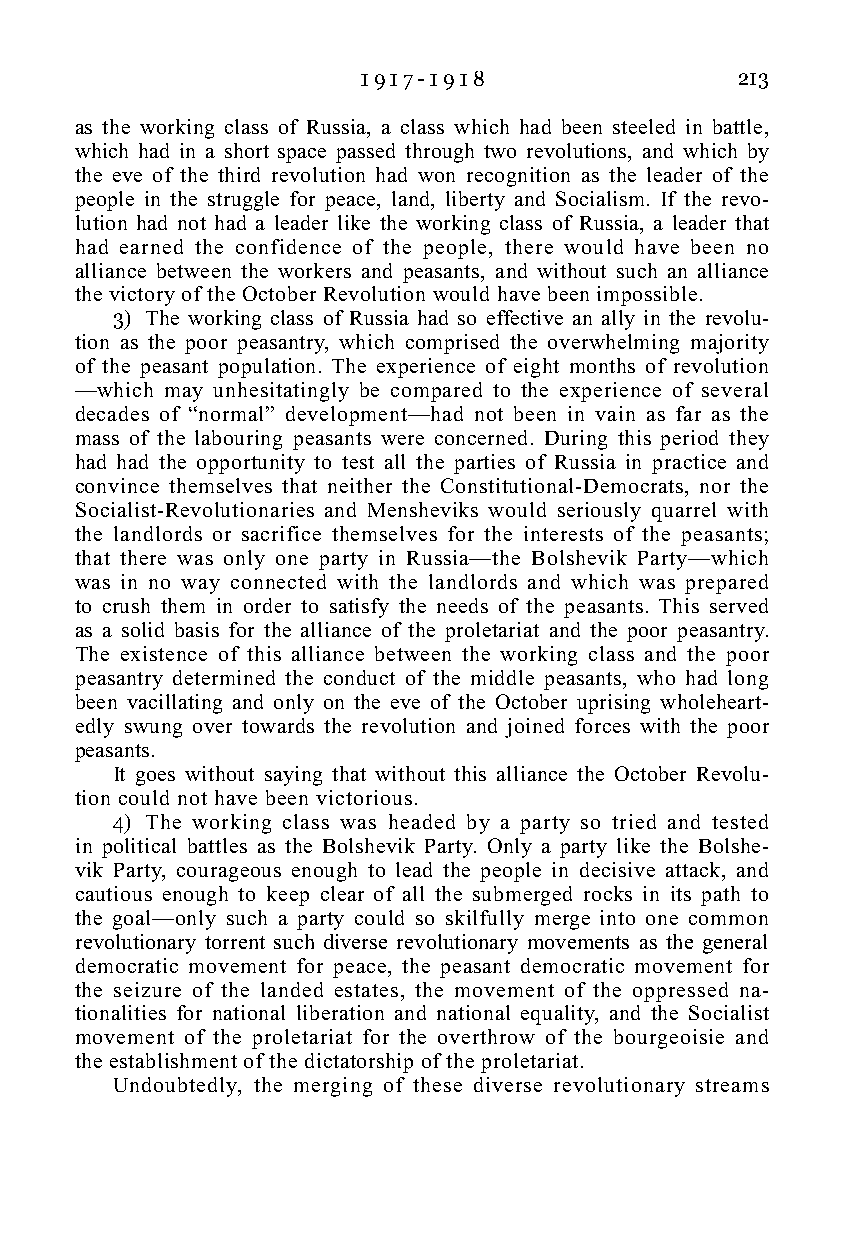
1 9 1 7 - 1 9 1 8        213
 as the working class of Russia, a class which had been steeled in battle,
 which had in a short space passed through two revolutions, and which by
 the eve of the third revolution had won recognition as the leader of the
 people in the struggle for peace, land, liberty and Socialism. If the revo-
 lution had not had a leader like the working class of Russia, a leader that
 had earned the confidence of the people, there would have been no
 alliance between the workers and peasants, and without such an alliance
 the victory of the October Revolution would have been impossible.
 3) The working class of Russia had so effective an ally in the revolu-
 tion as the poor peasantry, which comprised the overwhelming majority
 of the peasant population. The experience of eight months of revolution
 —which may unhesitatingly be compared to the experience of several
 decades of “normal” development—had not been in vain as far as the
 mass of the labouring peasants were concerned. During this period they
 had had the opportunity to test all the parties of Russia in practice and
 convince themselves that neither the Constitutional-Democrats, nor the
 Socialist-Revolutionaries and Mensheviks would seriously quarrel with
 the landlords or sacrifice themselves for the interests of the peasants;
 that there was only one party in Russia—the Bolshevik Party—which
 was in no way connected with the landlords and which was prepared
 to crush them in order to satisfy the needs of the peasants. This served
 as a solid basis for the alliance of the proletariat and the poor peasantry.
 The existence of this alliance between the working class and the poor
 peasantry determined the conduct of the middle peasants, who had long
 been vacillating and only on the eve of the October uprising wholeheart-
 edly swung over towards the revolution and joined forces with the poor
 peasants.
 It goes without saying that without this alliance the October Revolu-
 tion could not have been victorious.
 4) The working class was headed by a party so tried and tested
 in political battles as the Bolshevik Party. Only a party like the Bolshe-
 vik Party, courageous enough to lead the people in decisive attack, and
 cautious enough to keep clear of all the submerged rocks in its path to
 the goal—only such a party could so skilfully merge into one common
 revolutionary torrent such diverse revolutionary movements as the general
 democratic movement for peace, the peasant democratic movement for
 the seizure of the landed estates, the movement of the oppressed na-
 tionalities for national liberation and national equality, and the Socialist
 movement of the proletariat for the overthrow of the bourgeoisie and
 the establishment of the dictatorship of the proletariat.
 Undoubtedly, the merging of these diverse revolutionary streams